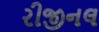
રીજીનલ